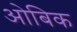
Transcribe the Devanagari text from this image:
ओबिक